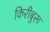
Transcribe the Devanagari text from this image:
किरीबुरू